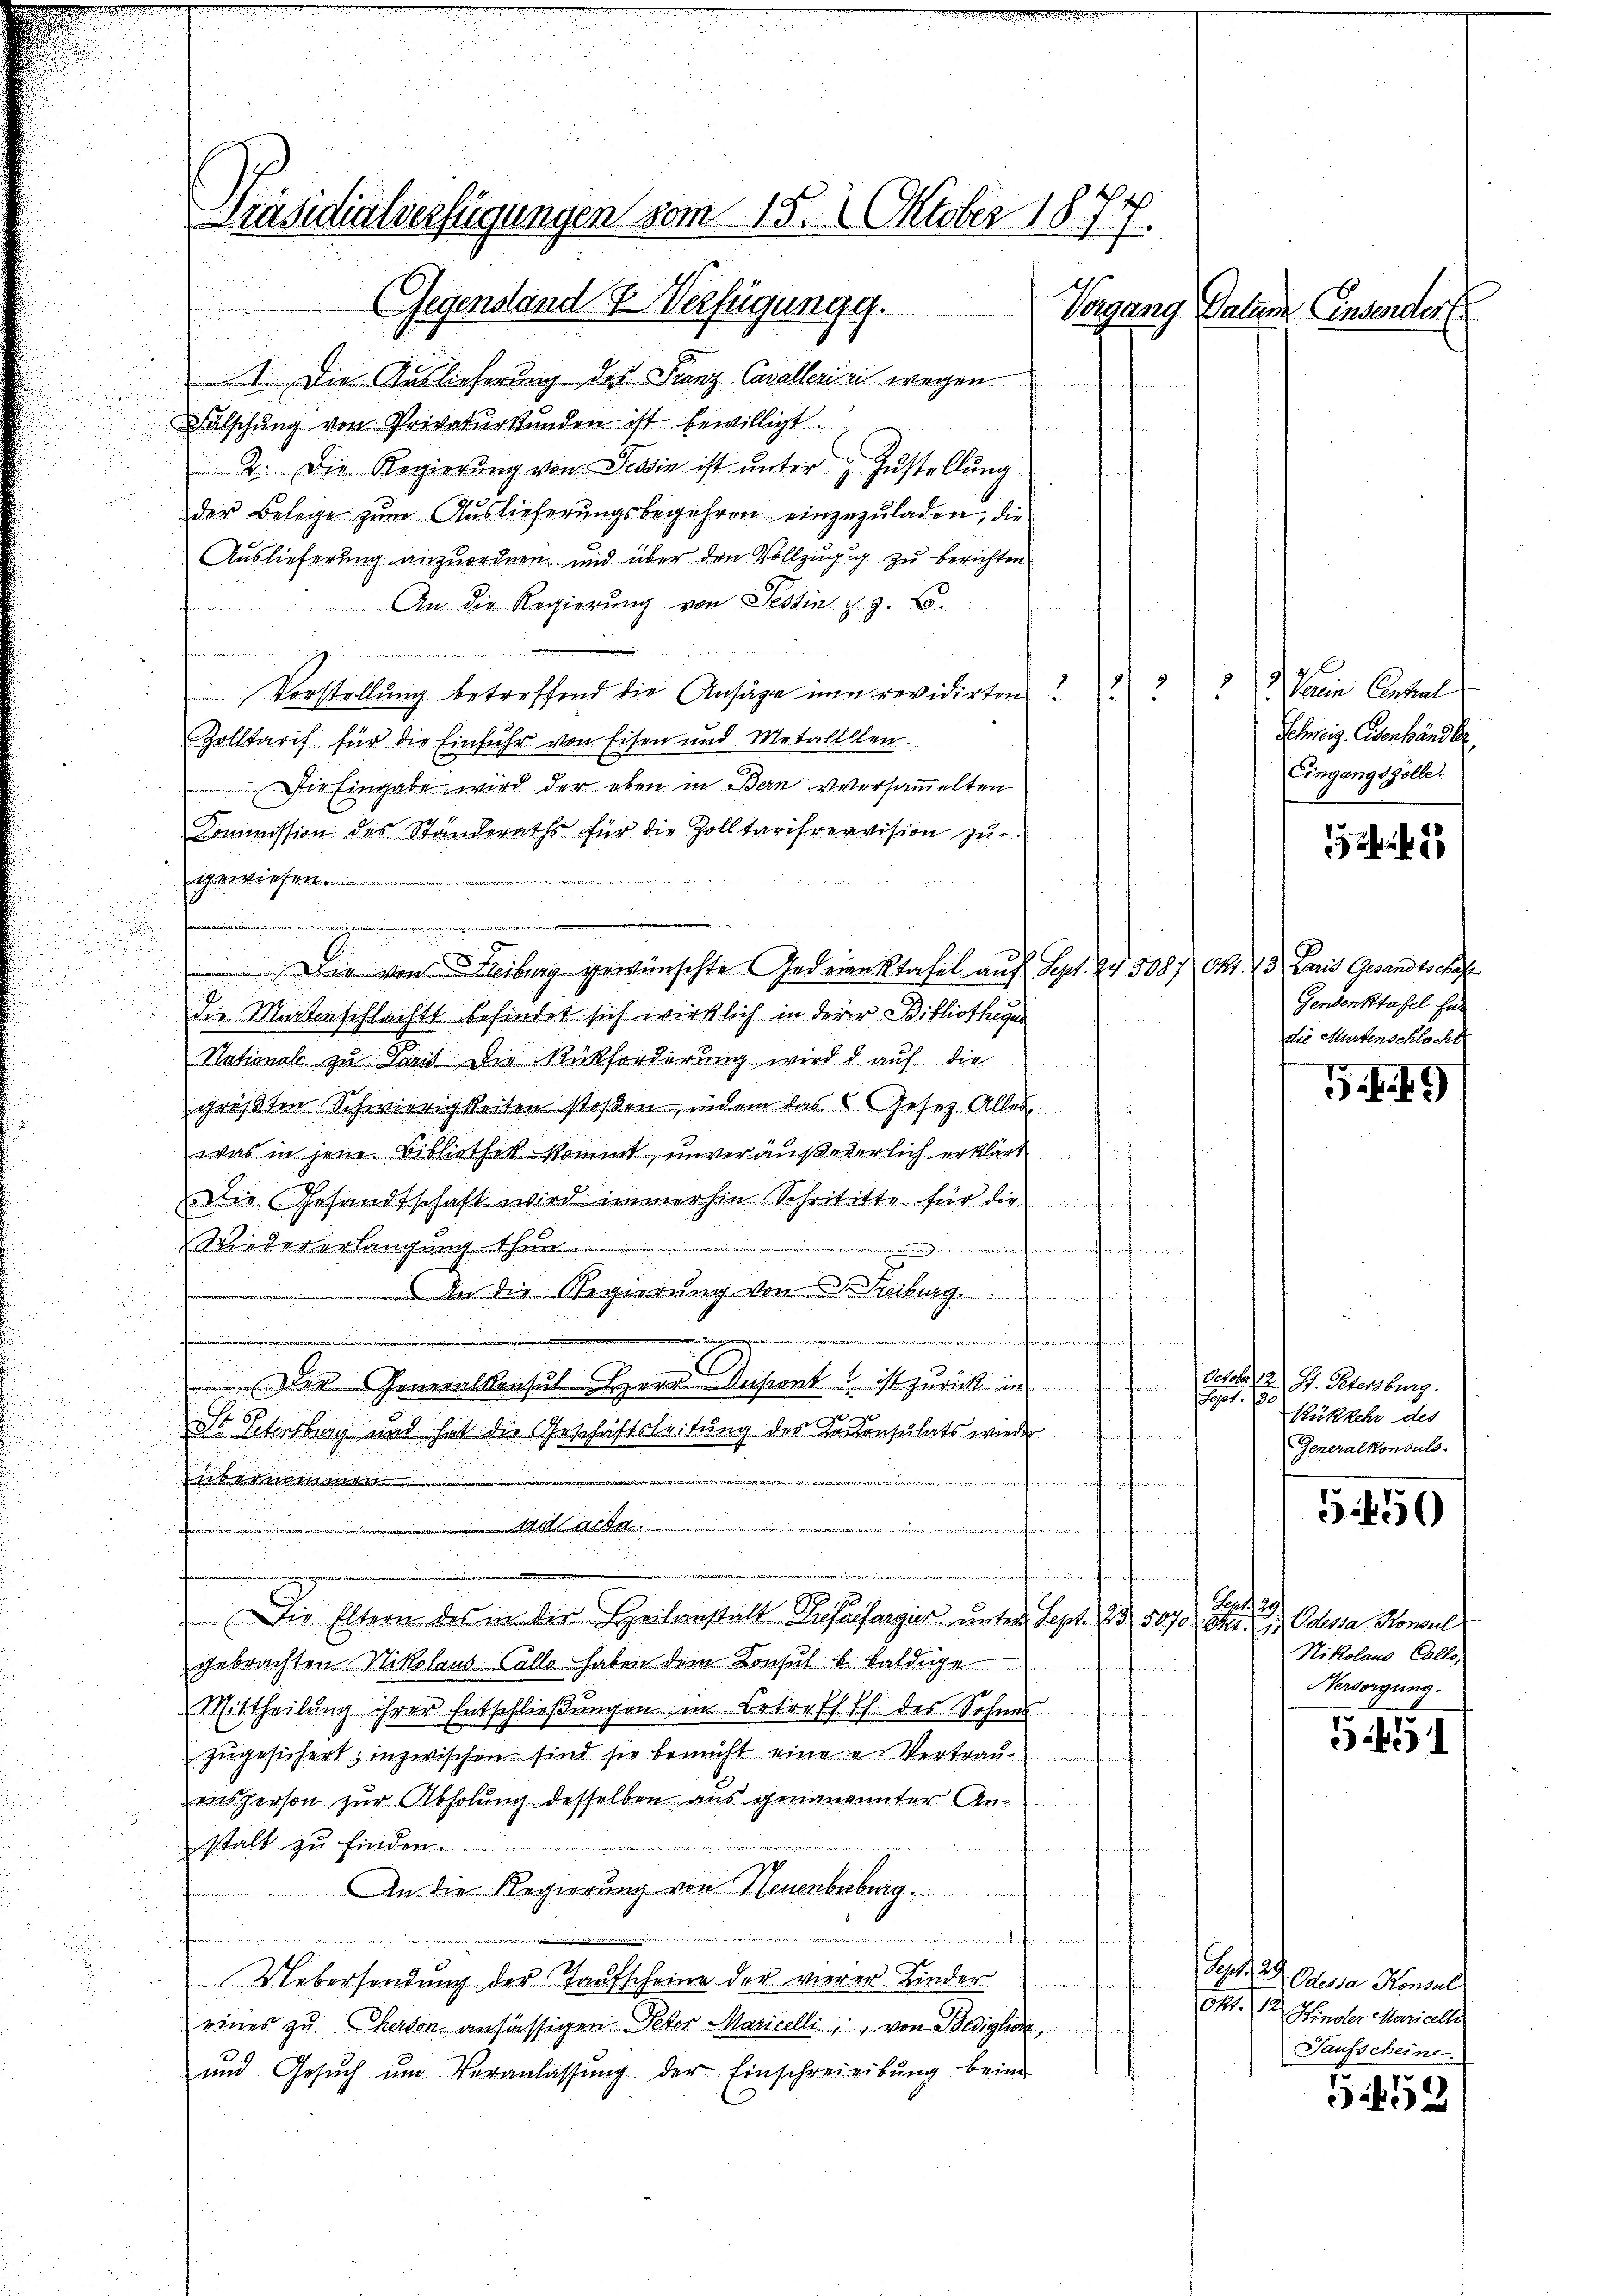
.
u

Präsidialverfügungen vom 15. 2. Oktober 1877.
Gegenstand & Verfügungg.
Vorgang Datum. Einsenders

1. Die Auslieferung des Franz-Cavallerini wegen
Bütschung von Privaturstunden ist bewilligt.
duzen in die hier und zur
2. Die Regierŭng von Tessin ist ŭnter Zŭstellŭng
der Belege zum Auslieferungsbegehren einzuzuladen, die
Auslieferung anzuordnen und über den Vollzug g zu berichten
An die Regierung von Tessin z 9.2.

3
Vorstellung betreffend die Ansage in revidirten
Zolltarif für die Einführ von Eisen und Metallllen.
Die Eingabe wird der eben in Bern vorersammelten
Kommission des Standeraths für die Zolltarifreavision zŭ
ich erwiesen.

diritter Bauter, Bruder
 Die von Leiburg gewünschte adrienktafel auf Sept. 24. 5087 Okt. 13 Paris Gesandtschaf
die Materschlacht befindet sich wirklich in derer Bibliotheyen

Nationale zu Paris. Die Rückforderung wird d auf die
t
größten Schwierigkeiten stoßen, indem das Gesetz Alles
was in jene Bibliothek kommt, unveräußererlich erklärt
Die Gesandtschaft wird immerhin Schrititte für die
Wiedererlangung thun
nommenmeinung nur um unehernach man ein
In die Regierung von Dr. Freiburg
.
i
Das Generalkonsul Herr Dosont l. ist zurückt in Bitte, Sr. Karburg.
8
des Wertburg und hat die Geschäftsleitung des Ka Consulats wieder
hin
übernommen.
anruff mahnungen
d
n fuhren
e
ministenformfenmann
Die Eltern des in der Heilanstalt Prefaefargier unter Sept. 33. 5000 Stern. Odena Konsul
gebrachten Nikolaus Colle haben dem Konsul u. baldige
Mittheilung ihrer Entschließungen in Betreff. Es des Sohnes
zugesichert; inzwischen sind sie bemüht eine e Vertrauais person zur Abholung desselben aus genaue unter An-
stalt zu finden.
AAn die Regierung von Neuenberburg.
vront
Uebersendung der Taufscheine der vierer Kinder
u
t
eines zu Person ansässigen Peter Maricelli, von Bediglion,
und Gesŭch ŭm Veranlassŭng der Einschreieibŭng beim

3

Vorin Antral
Schweiz. Eisenhändler
Eingangszölle

Gendenktafel her
die Murtenschlacht

19 f. 49

prt. 188
Rükkehr des
Generalkonsuls.

5450

Patie
Nikolaus Callo,
Nersorgung.

G1451

Sept. d. Odessa Konsul
641. 12. Finsler Marielle
Sausscheine.

559